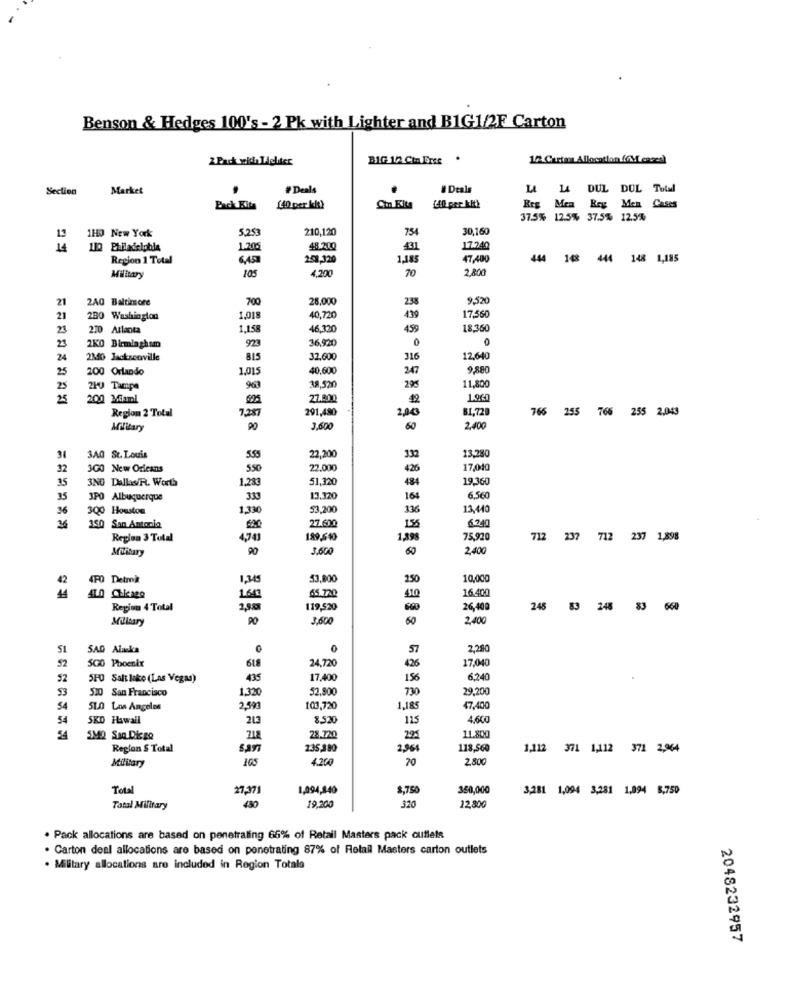
Benson & Hedges 100's - 2 Pk with Lighter and B1G1/2F Carton
2 Pack wids Leliter
BIG 1/2 Cin Eree .
Section
Market
# Deals
# Deals
LA DUL DOL Total
Each Kita
140 per kit)
Ch Fits
Erg Men Bey Men Cases
37.5% 12.5% 37.5% 12.5%
110 New York
5.253
210,120
754
30,160
14
1.205
48.200
431
17.240
Region 1 Total
258,320
1.18
47,400
444 148 444 148 1,185
105
4,200
70
2,80
Military
21
2AQ Baltimore
700
28.000
9,5%
21
280 Washington
1.018
40,720
439
17,560
23
210 Atlanta
1.158
46.320
459
18.360
36,920
23
2KO Birmingham
923
24
2340 Jackscoville
815
32,600
316
12,640
25
200 Orlando
1,015
40,600
247
9,880
11,800
25
210 Tampa
38,520
295
25
200 Mami
27.800
1.960
Region 2 Total
7,28
291,480
2,00
81,720
766 255 766 255 2.043
Military
3,600
60
2,40
13,280
31
3A0 St. Louis
5.55
22,200
332
32
3G0 New Orleans
550
22.000
426
17,040
35
3NG Dallas/R. Worth
1,28
51,320
484
19,360
35
3PO Albuquerque
13.320
164
6,560
36
300 Houston
1,3%
53,200
336
13,440
36
6.240
350 San Antonia
27.600
156
Region 3 Total
4,743
189,6 %
1,39
75,920
712 237
712
237 1,898
Military
90
3.60
60
2,40
42
4PO Detmok
1,345
53,800
250
10,000
65.720
16.400
44
41.0 Chicago
160
410
Region 4 Total
119,520
26,400
248 83 248 83
660
Military
90
3,600
60
2.400
SAD Alacka
0
57
2,280
SGO Phoenix
618
17.040
52
24,720
426
52
5FO Salt lake (Las Vegas)
435
17,400
156
6,240
53
520 San Francisco
1.320
52,800
730
29,200
54
510 Los Angeles
2.593
103,720
1,18
47,400
54
SKO Hawall
213
8,52
115
4,60
5MQ San Diego
718
28.720
295
11.800
Region S Total
235,380
2,96
118,560
1,112 371 1,112 371 2,964
Military
105
4.200
70
2.80
Total
27,371
1,094,840
8,75
350,000
3,281 1,094 3,281 1,994 8,750
320
Total Military
430
19,200
12,800
. Pack allocations are based on penetraling 65% of Retail Masters pack cutlets
. Carton deal allocations are based on penetrating 87% of Retail Masters carton outlets
. Military allocations are included in Region Totale
2048232957